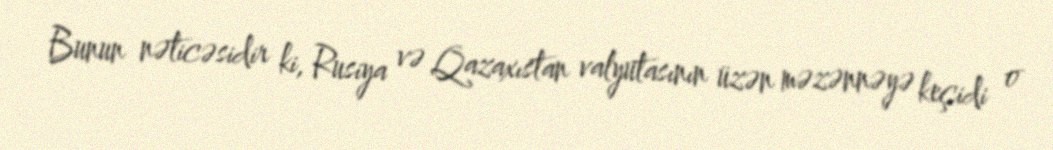
Bunun nəticəsidir ki, Rusiya və Qazaxıstan valyutasının üzən məzənnəyə keçidi o